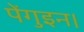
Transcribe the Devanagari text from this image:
पेंगुइन।